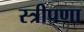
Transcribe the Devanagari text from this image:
स्त्रीपणा